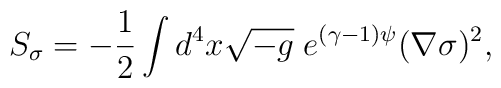
S_\sigma=-\frac{1}{2}\int d^4 x\sqrt{-g}\; e^{(\gamma-1)\psi}(\nabla\sigma)^2,